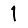
Digit: 1